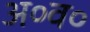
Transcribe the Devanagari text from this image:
अ०व०